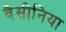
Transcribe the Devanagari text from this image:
वैसीनिया